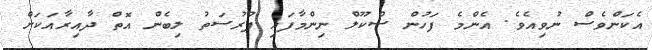
އެކަންވެސް ނުވިއެވެ. އެންމެ ފަހުން ސްކޫލް ނިންމާފައި ފުރުސަތު ލިބެން އޮތް ދާއިރާއަކަށް